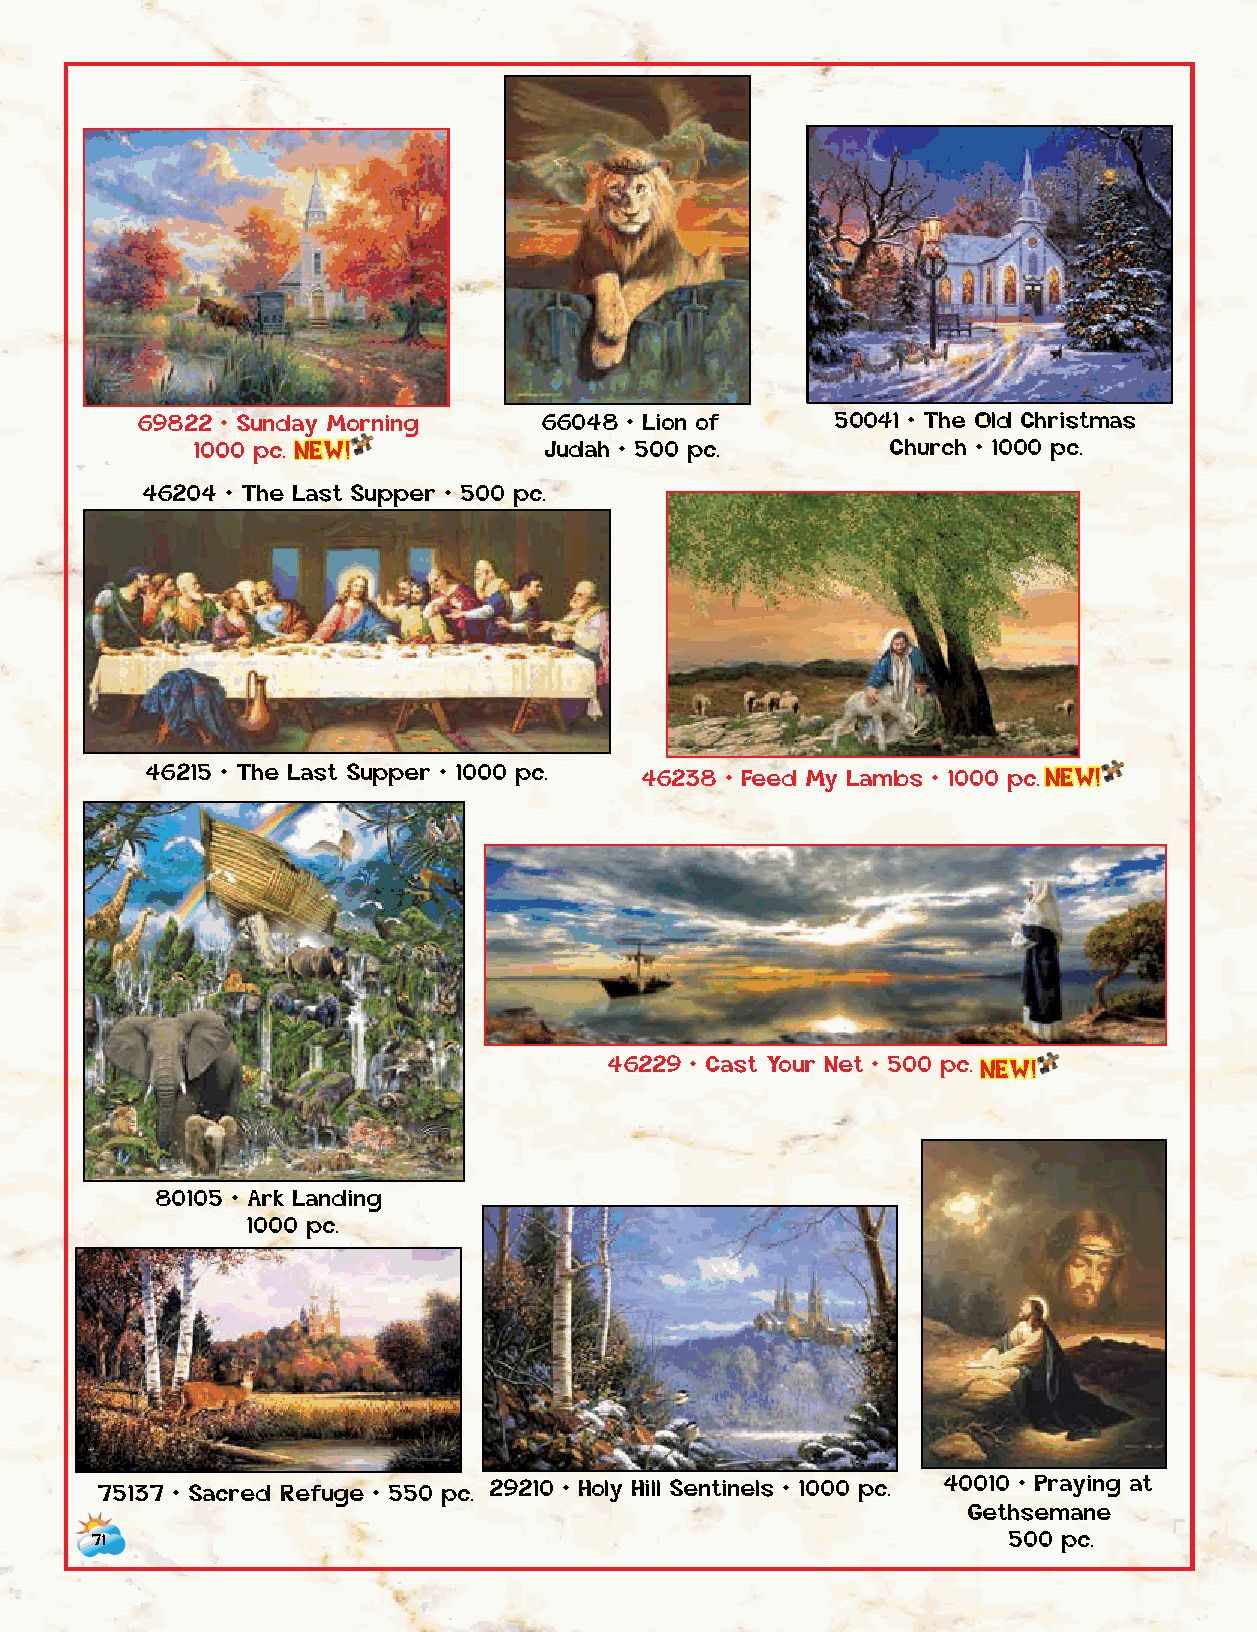
African-American   Art by African-American   Artists
 69822 • Sunday Morning     66048 • Lion of    50041 • The Old Christmas
 1000 p c . NEW!        Judah • 500 pc .       Church • 1000 pc.
 46204 • The Last Supper • 500 pc.
 46215 • The Last Supper • 1000 pc. 46238 • Feed My Lambs • 1000 p c . NEW!
 46229 • Cast Your Net • 500 p c . NEW!
 80105 • Ark Landing
 1000 pc.
 75137 • Sacred Refuge • 550 pc. 29210 • Holy Hill Sentinels • 1000 pc . 40010 • Praying at
 59260 • Tree of
 Gethsemane
 Life • 1000 pc.
 71                                                           500 pc.